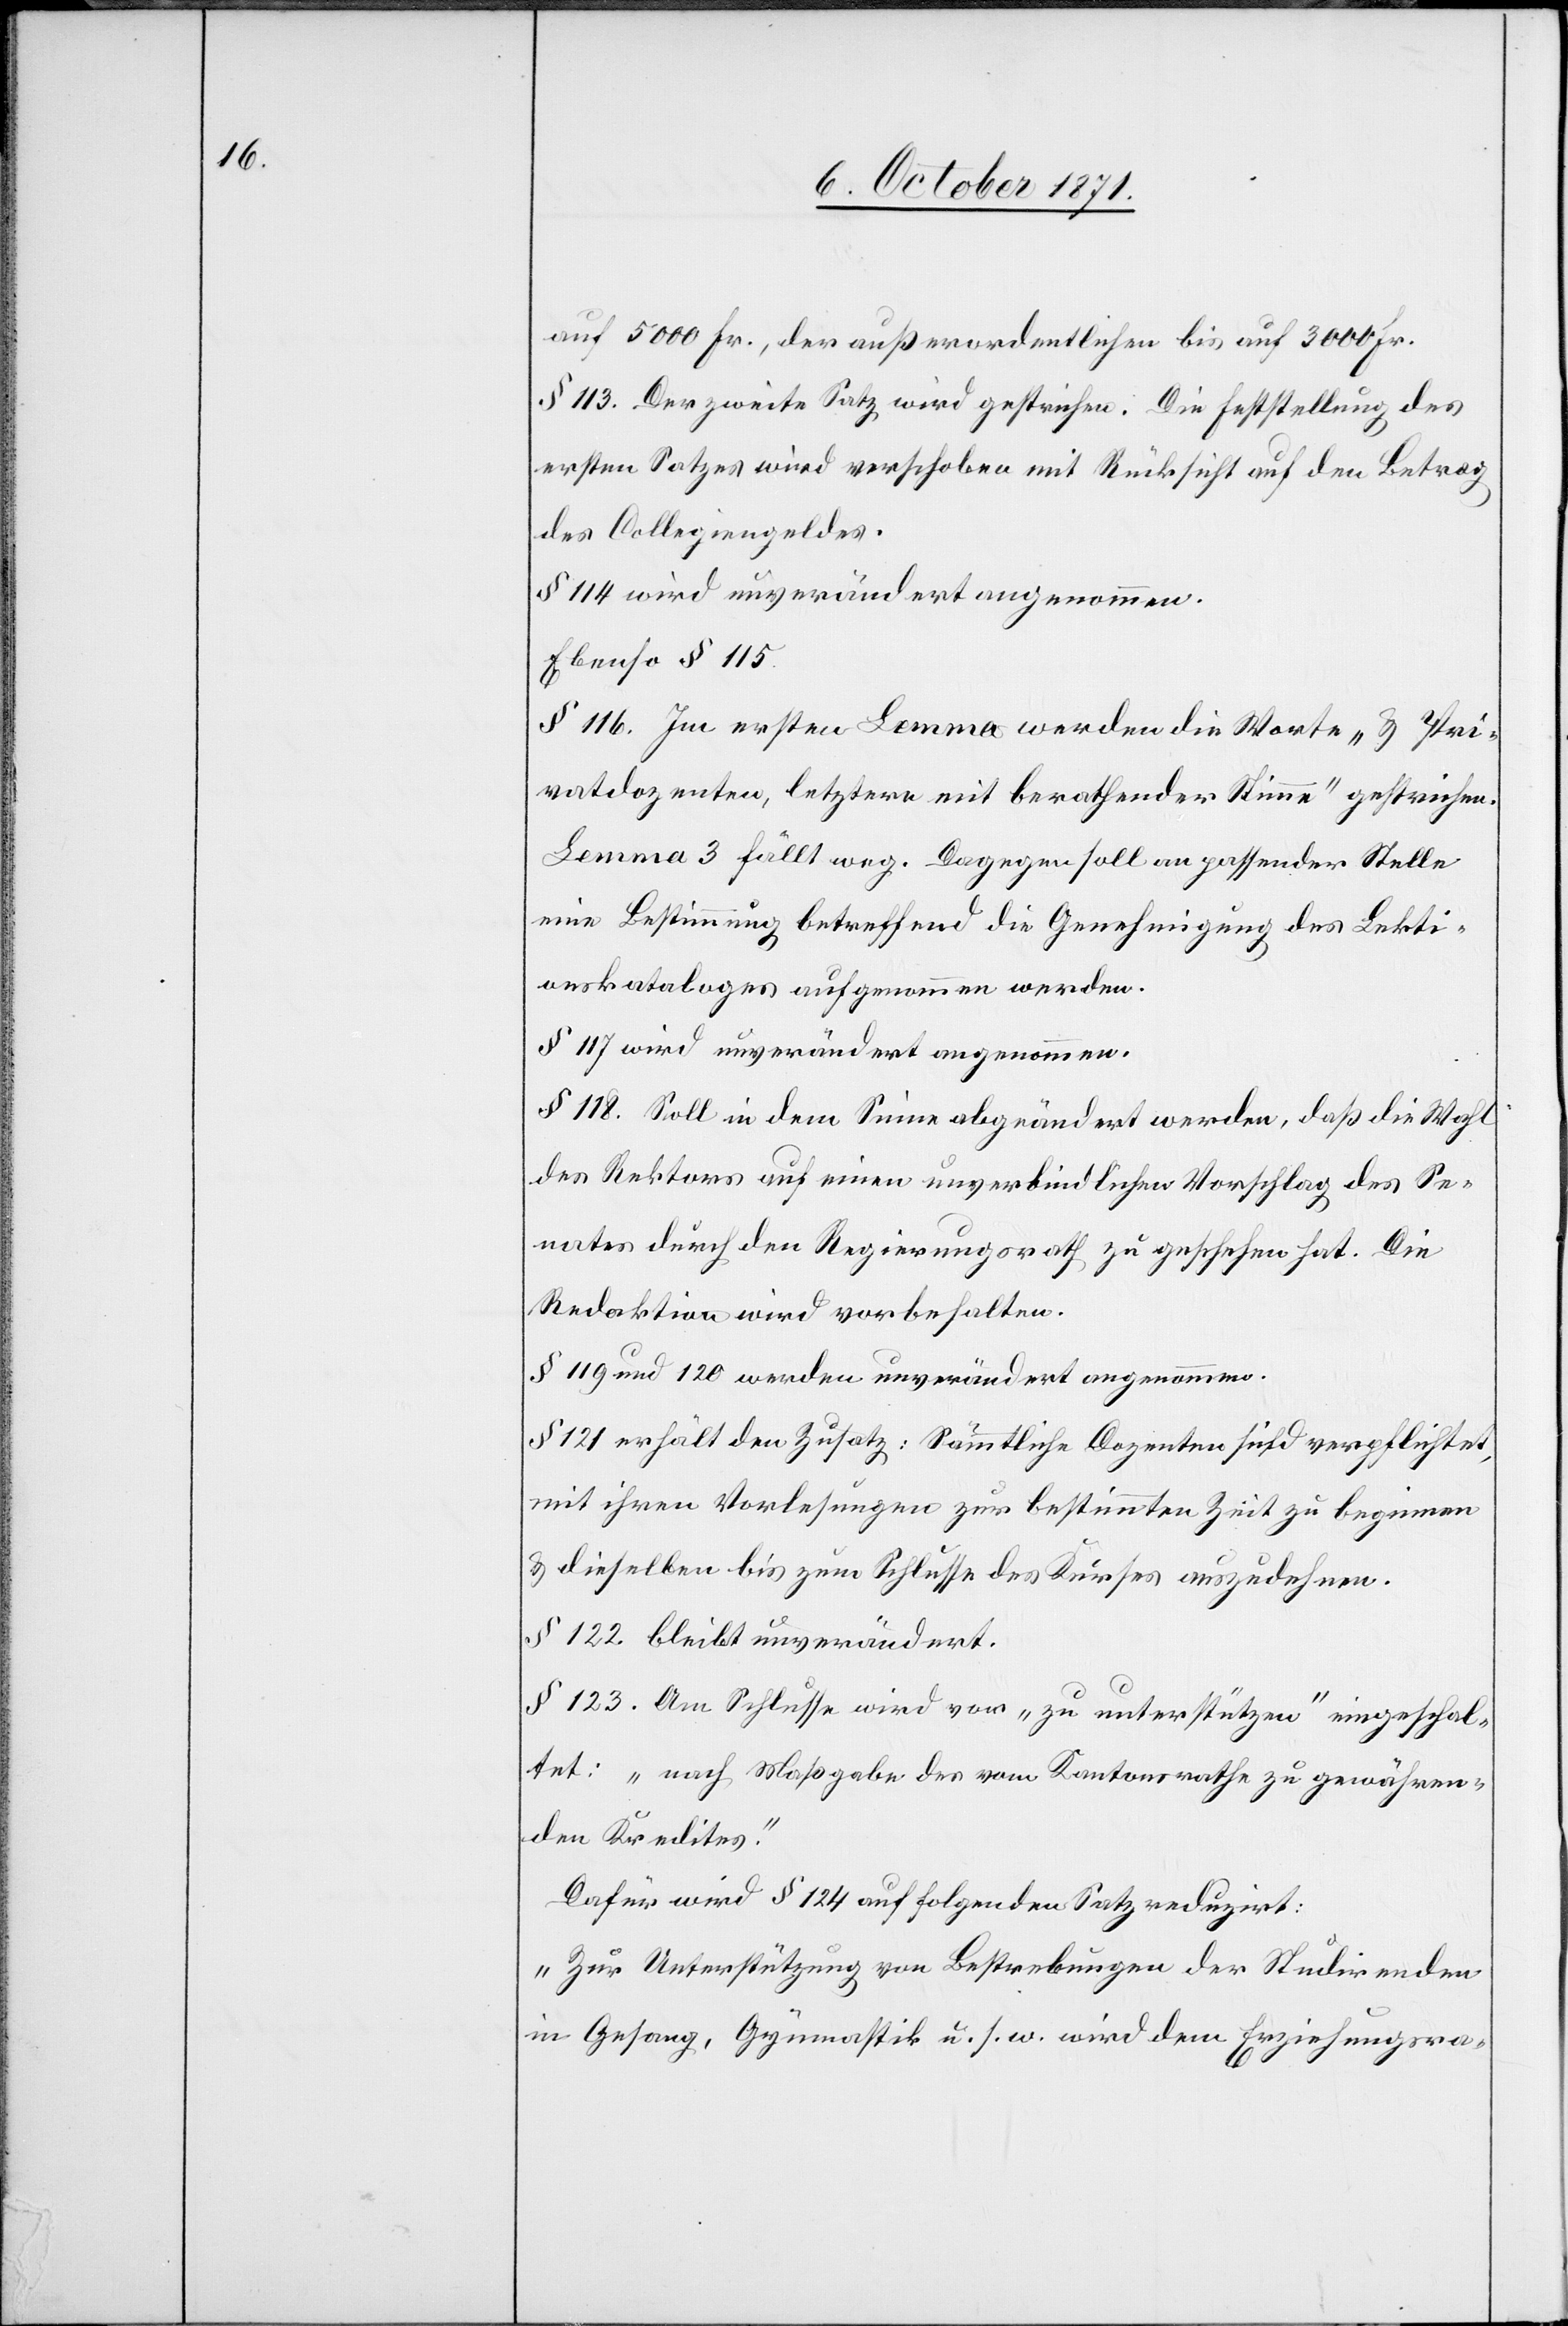
auf 5000 Fr., der außerordentlichen bis auf 3000 Fr.
§ 113. Der zweite Satz wird gestrichen. Die Feststellung des
ersten Satzes wird verschoben mit Rücksicht auf den Betrag
des Collegiengeldes.
§ 114 wird unverändert angenommen.
Ebenso § 115.
§ 116. Im ersten Lemma werden die Worte „& Pri¬
vatdozenten, letztern mit berathender Stimme“ gestrichen.
Lemma 3 fällt weg. Dagegen soll an passender Stelle
eine Bestimmung betreffend die Genehmigung des Lekti¬
onskataloges aufgenommen werden.
§ 117 wird unverändert angenommen.
§ 118. Soll in dem Sinne abgeändert werden, daß die Wahl
des Rektors auf einen unverbindlichen Vorschlag des Se¬
nates durch den Regierungsrath zu geschehen hat. Die
Redaktion wird vorbehalten.
§ 119 und 120 werden unverändert angenommen.
§ 121 erhält den Zusatz: Sämmtliche Dozenten sind verpflichtet,
mit ihren Vorlesungen zur bestimmten Zeit zu beginnen
& dieselben bis zum Schlusse des Kurses auszudehnen.
§ 122 bleibt unverändert.
§ 123. Am Schlusse wird vor „zu unterstützen“ eingeschal¬
tet: „nach Maßgabe des vom Kantonsrathe zu gewähren¬
den Kredites.“
Dafür wird § 124 auf folgenden Satz reduzirt:
„Zur Unterstützung von Bestrebungen der Studierenden
in Gesang, Gymnastik u. s. w. wird dem Erziehungsra-